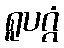
ရူပဂ္ဂံ